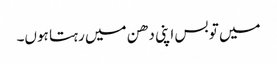
میں تو بس اپنی دھن میں رہتا ہوں۔